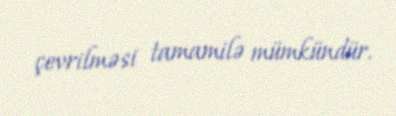
çevrilməsi tamamilə mümkündür.